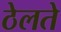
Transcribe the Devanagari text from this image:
ठेलते